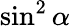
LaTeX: \sin^{2}\alpha